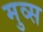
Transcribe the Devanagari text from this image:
मुव्स